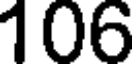
106